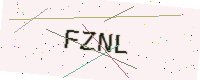
Text: FZNL